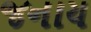
જનાય